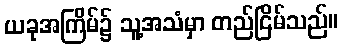
ယခုအကြိမ်၌ သူ့အသံမှာ တည်ငြိမ်သည်။